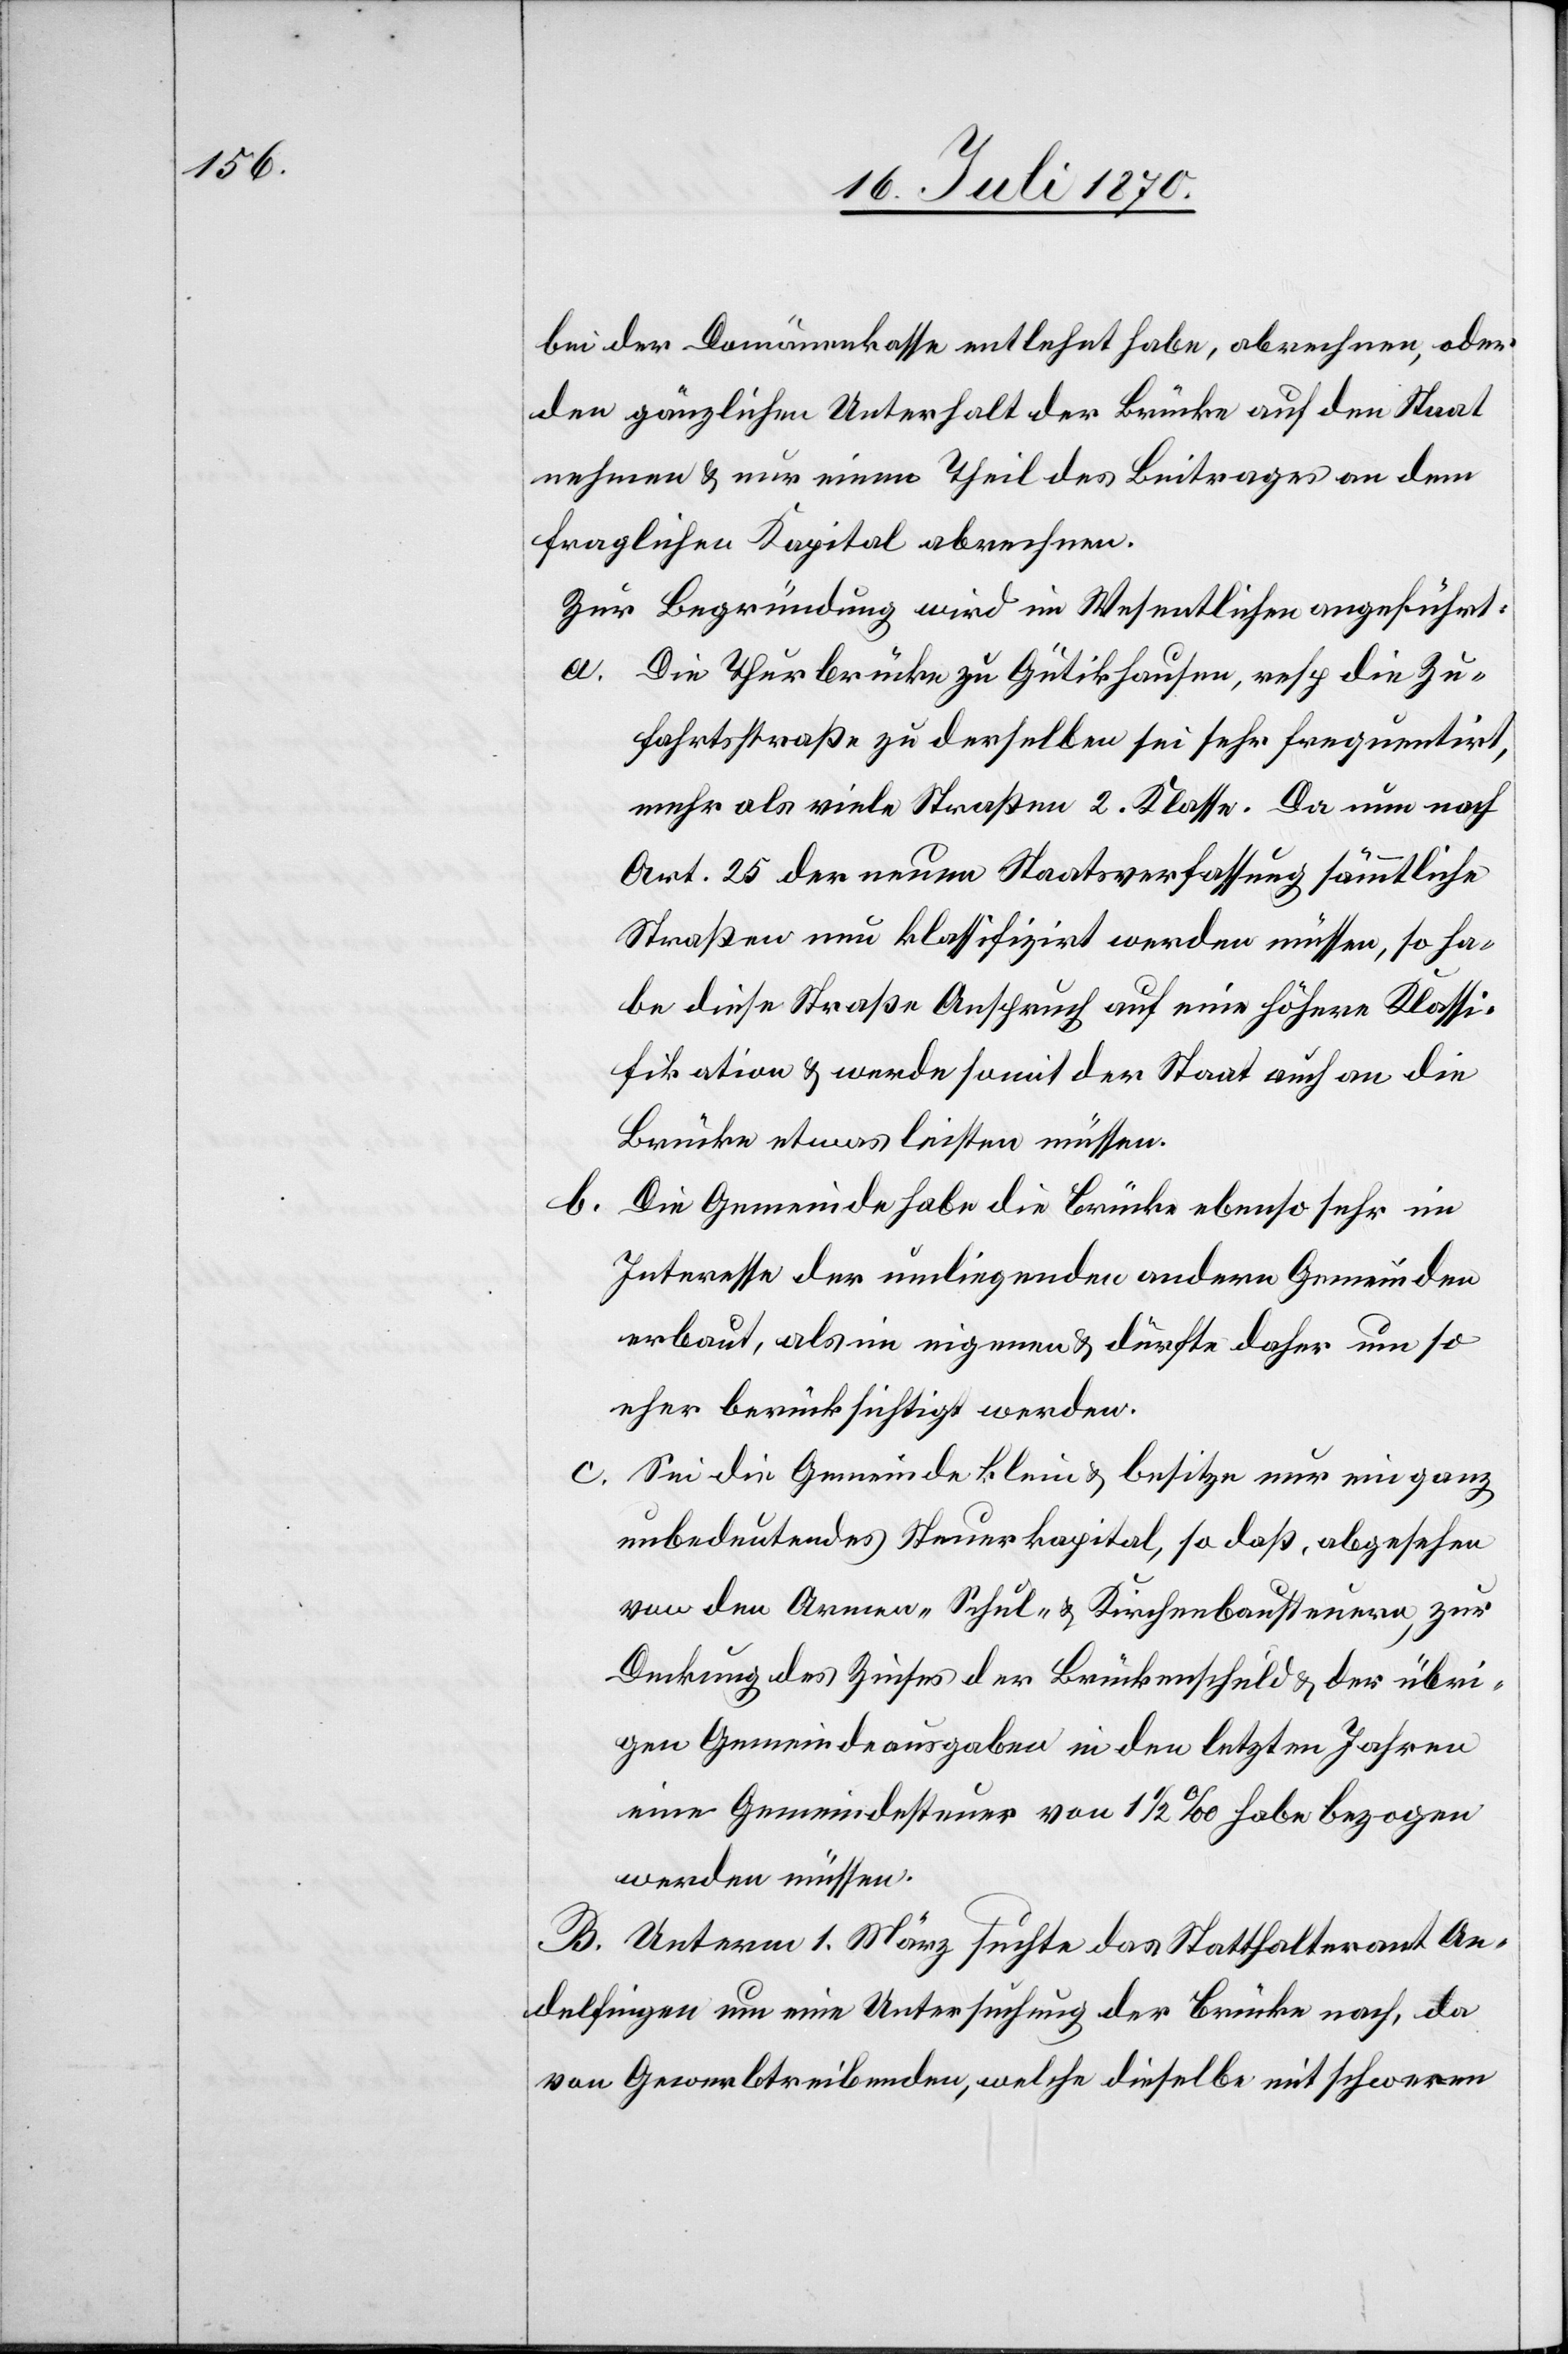
b.

bei der Domänenkasse entlehnt habe, abrechnen, oder
den gänzlichen Unterhalt der Brücke auf den Staat
nehmen & nur einen Theil des Beitrages an dem
fraglichen Kapital abrechnen.
Zur Begründung wird im Wesentlichen angeführt:
a. Die Thurbrücke zu Gütikhausen, resp die Zu¬
fahrtsstraße zu derselben sei sehr frequentirt,
mehr als viele Straßen 2. Klasse. Da nun nach
Art. 25 der neuen Staatsverfassung sämmtliche
Straßen neu klassifiziert werden müssen, so ha¬
be diese Straße Anspruch auf eine höhere Klassi¬
fikation & werde somit der Staat auch an die
Brücke etwas leisten müssen.
Die Gemeinde habe die Brücke ebenso sehr im
Interesse der umliegenden andern Gemeinden
erbaut, als im eigenen & dürfte daher um so
eher berücksichtigt werden.
c. Sei die Gemeinde klein & besitze nur ein ganz
unbedeutendes Steuerkapital, so daß, abgesehen
von den Armen- Schul- & Kirchenbausteuern, zur
Deckung des Zinses der Brückenschuld & der übri¬
gen Gemeindeausgaben in den letzten Jahren
eine Gemeindesteuer von 1 1/2‰ habe bezogen
werden müssen.
B. Unterm 1. März suchte das Statthalteramt An¬
delfingen um eine Untersuchung der Brücke nach, da
von Gewerb[e]treibenden, welche dieselbe mit schweren